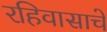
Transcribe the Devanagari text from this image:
रहिवासाचे